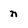
Character: n